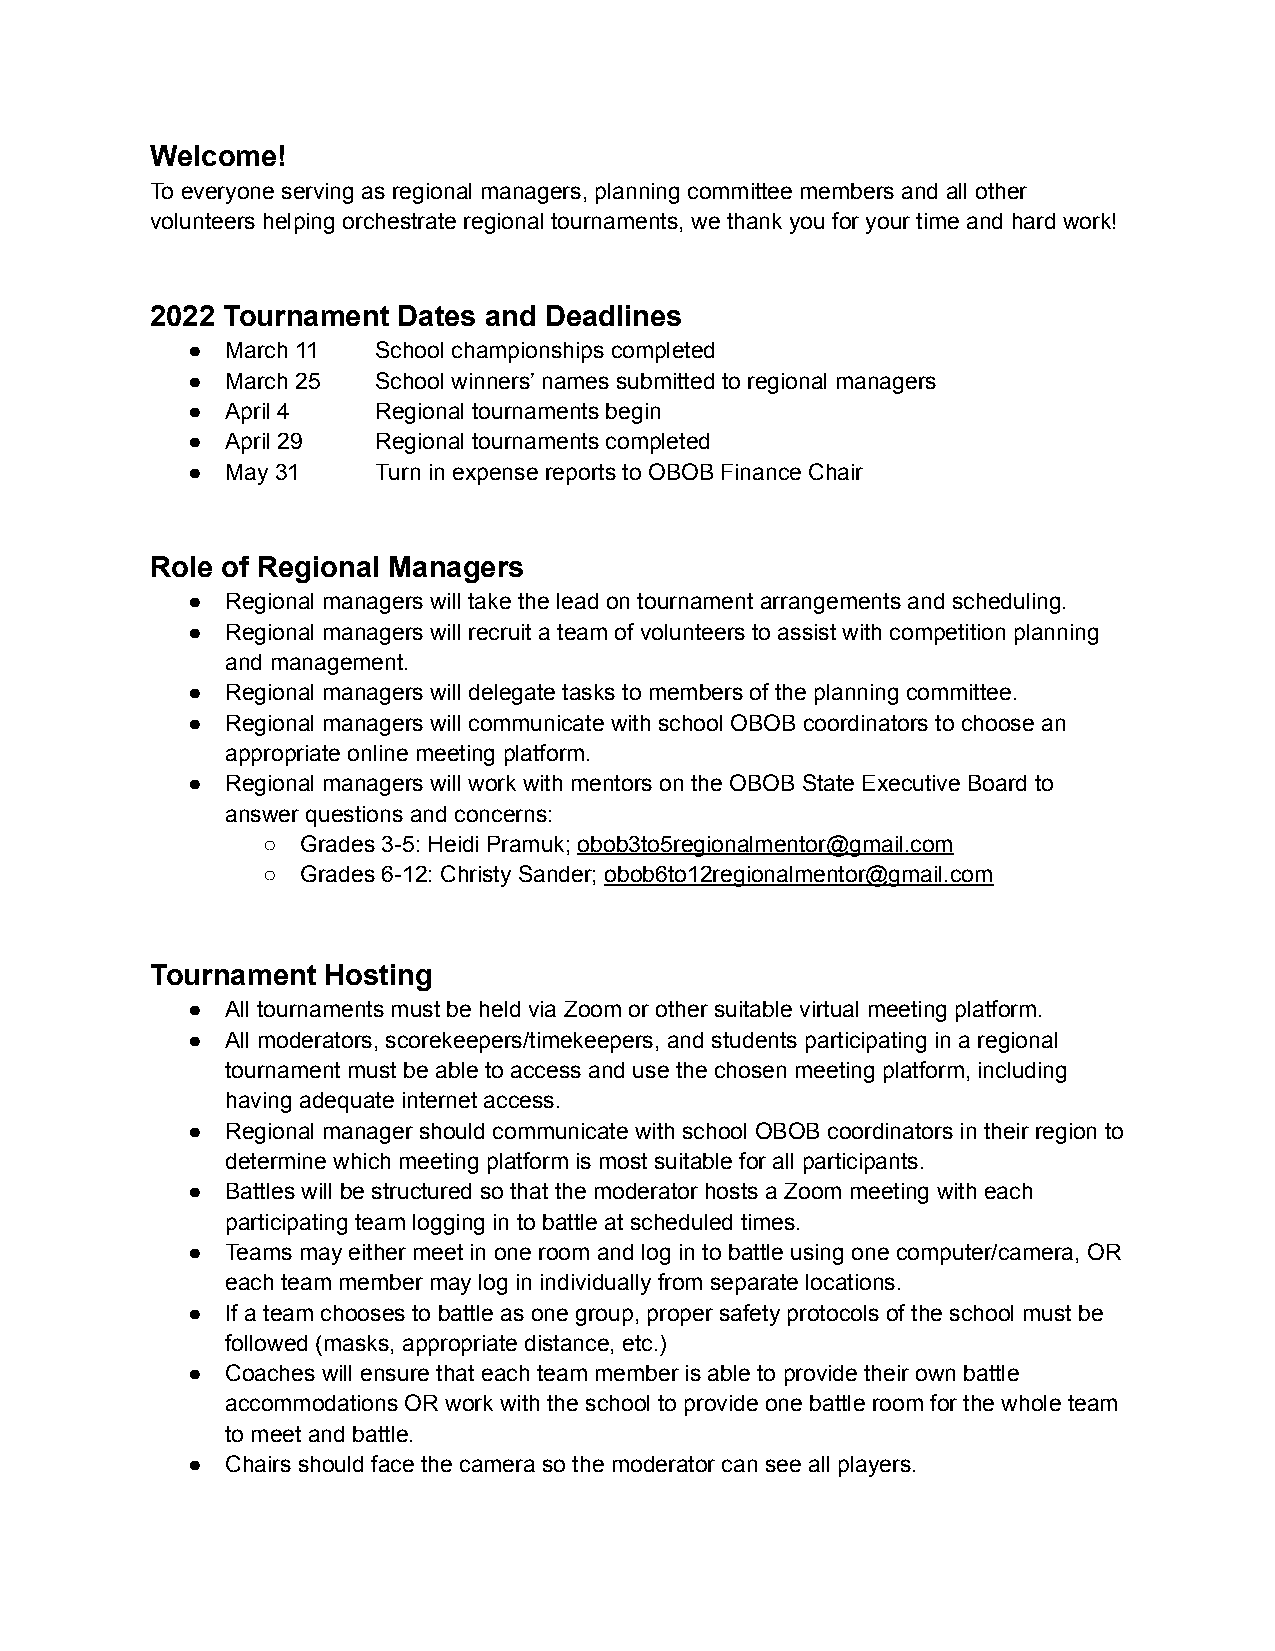
Welcome!
 To everyone serving as regional managers, planning committee members and all other
 volunteers helping orchestrate regional tournaments, we thank you for your time and hard work!
 2022 Tournament Dates and Deadlines
 ●  March 11  School championships completed
 ●  March 25  School winners’ names submitted to regional managers
 ●  April 4   Regional tournaments begin
 ●  April 29  Regional tournaments completed
 ●  May 31    Turn in expense reports to OBOB Finance Chair
 Role of Regional Managers
 ●  Regional managers will take the lead on tournament arrangements and scheduling.
 ●  Regional managers will recruit a team of volunteers to assist with competition planning
 and management.
 ●  Regional managers will delegate tasks to members of the planning committee.
 ●  Regional managers will communicate with school OBOB coordinators to choose an
 appropriate online meeting platform.
 ●  Regional managers will work with mentors on the OBOB State Executive Board to
 answer questions and concerns:
 ○  Grades 3-5: Heidi Pramuk; obob3to5regionalmentor@gmail.com
 ○  Grades 6-12: Christy Sander; obob6to12regionalmentor@gmail.com
 Tournament Hosting
 ●  All tournaments must be held via Zoom or other suitable virtual meeting platform.
 ●  All moderators, scorekeepers/timekeepers, and students participating in a regional
 tournament must be able to access and use the chosen meeting platform, including
 having adequate internet access.
 ●  Regional manager should communicate with school OBOB coordinators in their region to
 determine which meeting platform is most suitable for all participants.
 ●  Battles will be structured so that the moderator hosts a Zoom meeting with each
 participating team logging in to battle at scheduled times.
 ●  Teams may either meet in one room and log in to battle using one computer/camera, OR
 each team member may log in individually from separate locations.
 ●  If a team chooses to battle as one group, proper safety protocols of the school must be
 followed (masks, appropriate distance, etc.)
 ●  Coaches will ensure that each team member is able to provide their own battle
 accommodations OR work with the school to provide one battle room for the whole team
 to meet and battle.
 ●  Chairs should face the camera so the moderator can see all players.